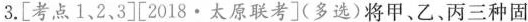
3.[考点1、2、3][2018·太原联考](多选)将甲、乙、丙三种固